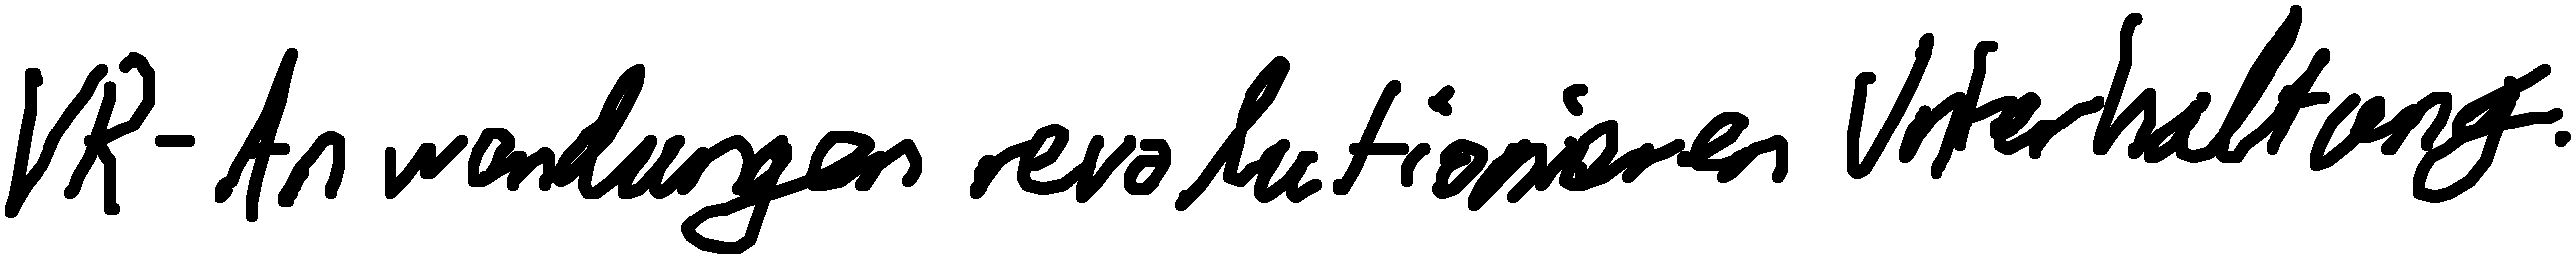
VR-Anwendungen revolutionieren Unterhaltung.